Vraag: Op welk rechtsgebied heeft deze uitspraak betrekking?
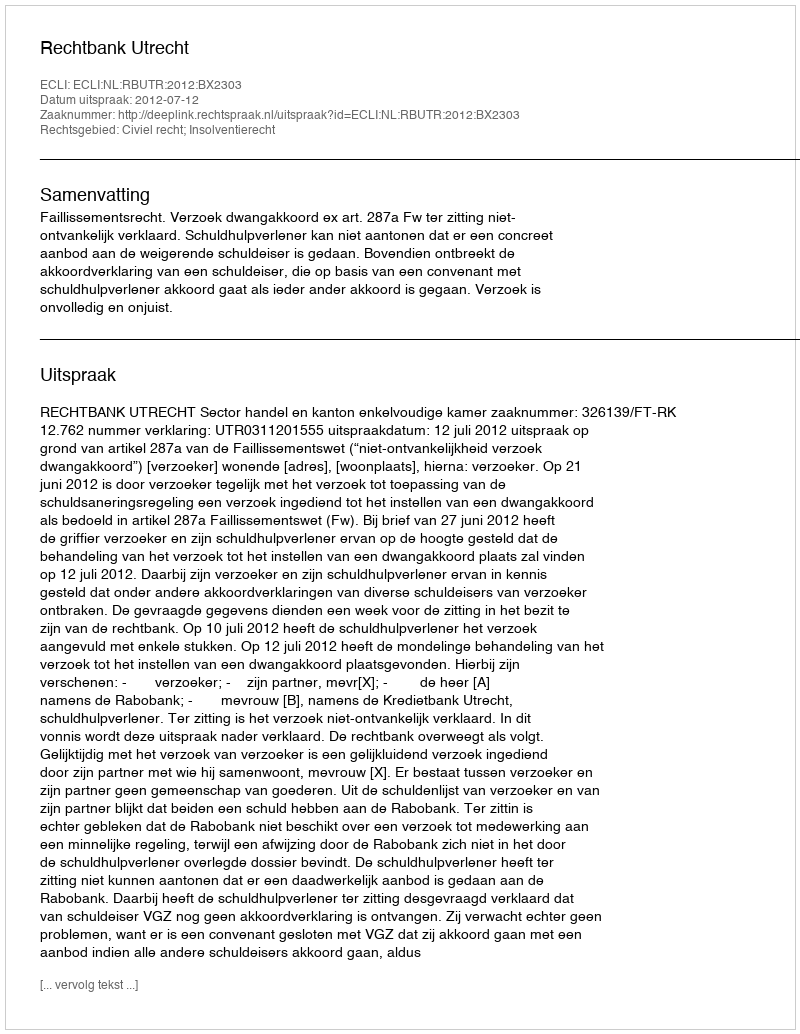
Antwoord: Civiel recht; Insolventierecht